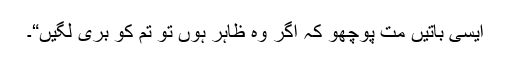
ایسی باتیں مت پوچھو کہ اگر وہ ظاہر ہوں تو تم کو بُری لگیں“۔